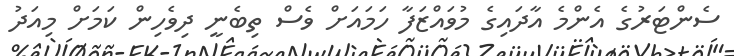
ސެންޓަރުގެ އެންމެ އާދައިގެ މުވައްޒަފާ ހަމައަށް ވެސް ތިބެނީ ދިވެހިން ކަމަށް މިއަދު